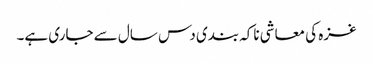
غزہ کی معاشی ناکہ بندی دس سال سے جاری ہے۔